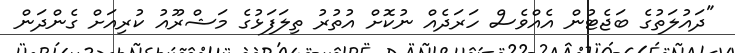
"ދައުލަތުގެ ބަޖެޓުން އެއްވެސް ހަރަދެއް ނުކޮށް އުތުރު ތިލަފަޅުގެ މަޝްރޫއު ކުރިއަށް ގެންދަން